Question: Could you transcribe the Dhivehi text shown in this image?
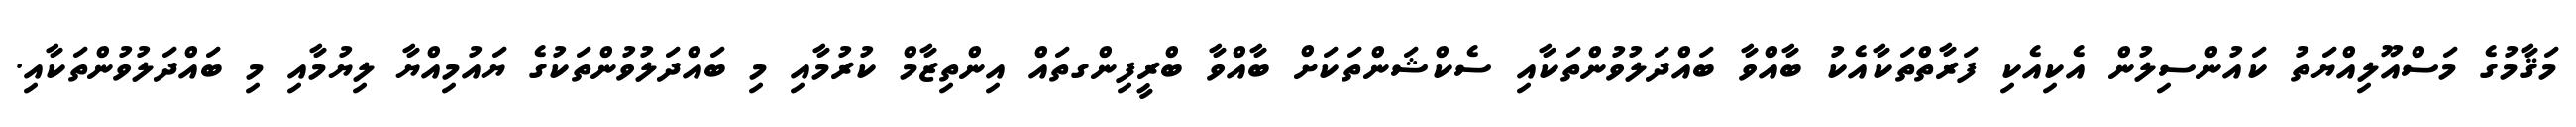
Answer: މަޤާމުގެ މަސްއޫލިއްޔަތު ކައުންސިލުން އެކިއެކި ފަރާތްތަކާއެކު ބާއްވާ ބައްދަލުވުންތަކާއި ސެކްޝަންތަކަށް ބާއްވާ ބްރީފިންގތައް އިންތިޒާމް ކުރުމާއި މި ބައްދަލުވުންތަކުގެ ޔައުމިއްޔާ ލިޔުމާއި މި ބައްދަލުވުންތަކާއި.